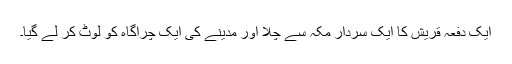
ایک دفعہ قریش کا ایک سردار مکہ سے چلا اور مدینے کی ایک چراگاہ کو لوٹ کر لے گیا۔